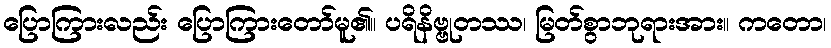
ပြောကြားလည်း ပြောကြားတော်မူ၏။ ပရိနိဗ္ဗုတဿ၊ မြတ်စွာဘုရားအား။ ကတော၊